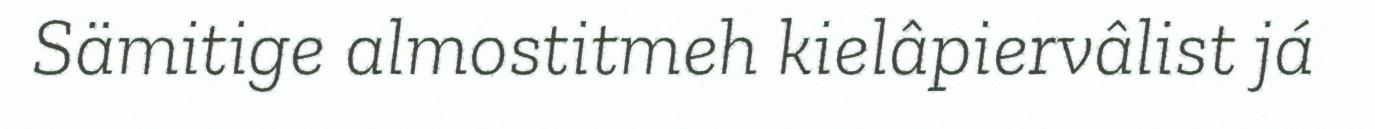
Sämitige almostitmeh kielâpiervâlist já